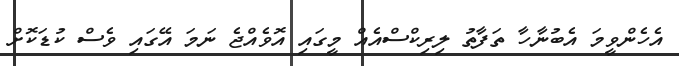
އެހެންވީމަ އެބުނާހާ ތަފާތު ލިރިކްސްއެއް މީގައި އޮވެއްޖެ ނަމަ އޭގައި ވެސް ކުޑަކޮށް